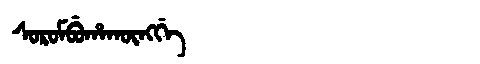
Manchu: ᠰᠣᡵᠣᠮᠪᡠᡥᠠᡴᡡᠩᡤᡝ
Romanization: SOROMBUHAKŪNGGE